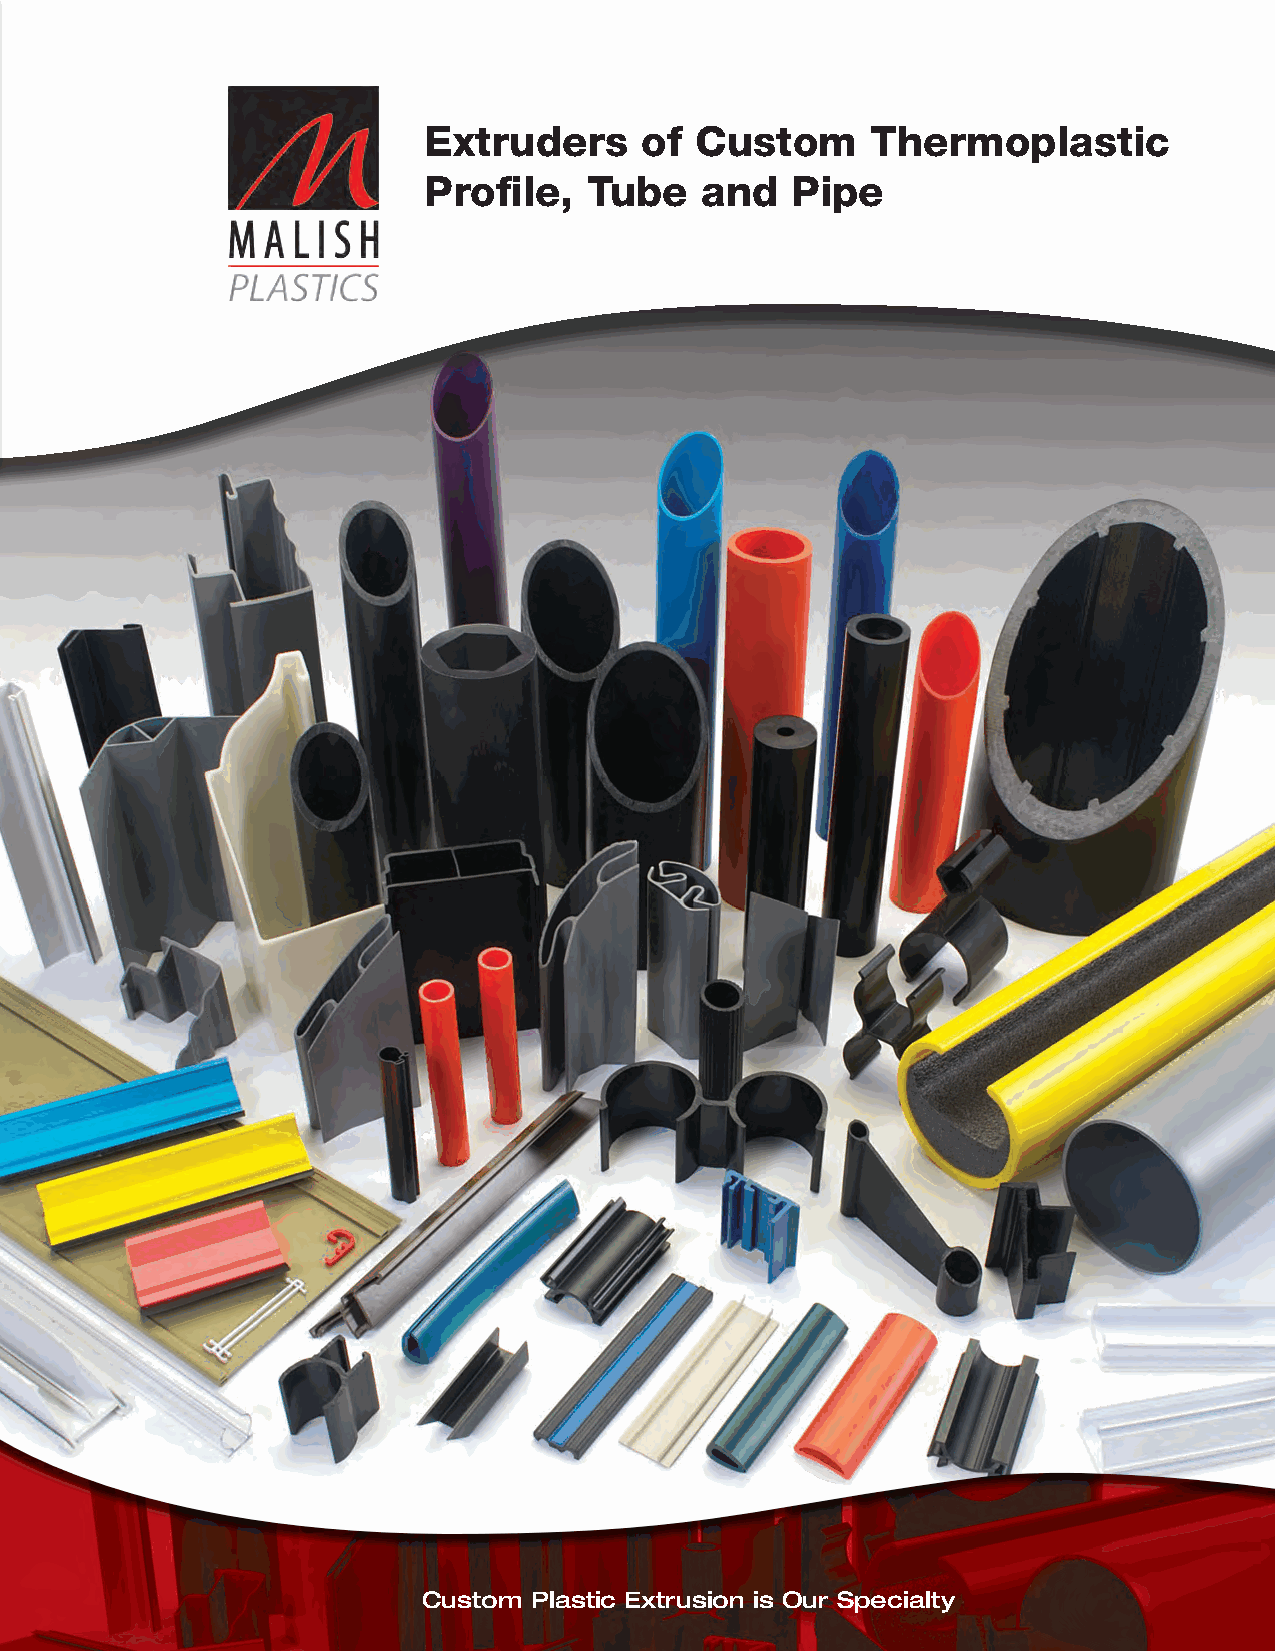
Extruders     of  Custom      Thermoplastic
 Profile,   Tube   and   Pipe
 Custom Plastic Extrusion is Our Specialty